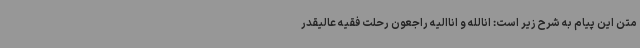
متن این پیام به شرح زیر است: انالله و اناالیه راجعون رحلت فقیه عالیقدر